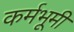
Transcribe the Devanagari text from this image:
कर्मभूमीं